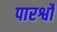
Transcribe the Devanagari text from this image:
पारर्श्वों